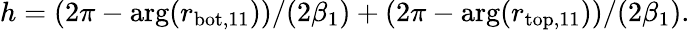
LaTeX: h=(2\pi-\arg(r_{\mathrm{bot,11}}))/(2\beta_{1})+(2\pi-\arg(r_{\mathrm{top,11}}))/(2\beta_{1}).